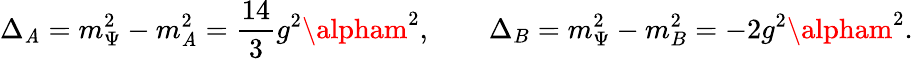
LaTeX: \Delta_{\mathit{A}}=m_{\Psi}^{2}-m_{\mathit{A}}^{2}=\frac{{14}}{{3}}g^{2}\alpham^{2},\qquad\Delta_{B}=m_{\Psi}^{2}-m_{B}^{2}=-2g^{2}\alpham^{2}.